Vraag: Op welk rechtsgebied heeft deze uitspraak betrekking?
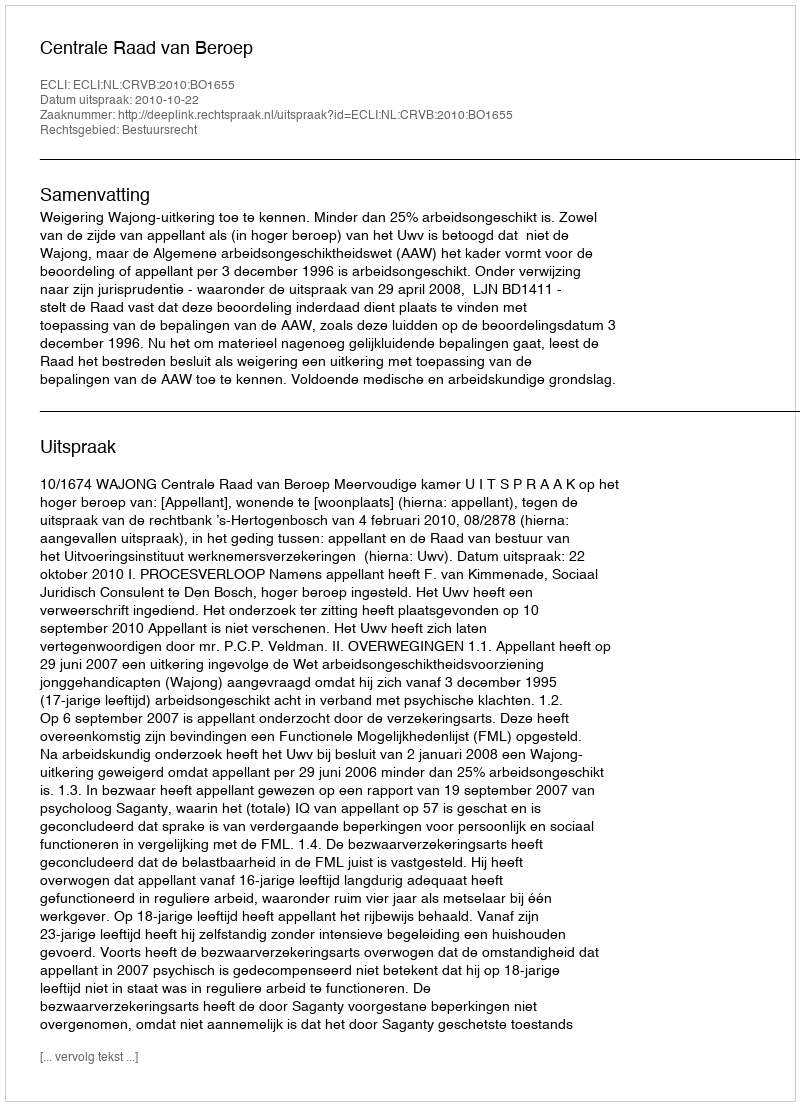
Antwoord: Bestuursrecht